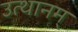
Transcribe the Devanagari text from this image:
उत्थानम्